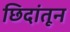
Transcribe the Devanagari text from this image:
छिदांतून